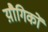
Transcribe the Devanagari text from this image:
य़ौगिकों